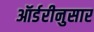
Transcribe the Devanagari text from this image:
ऑर्डरीनुसार